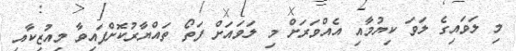
މި ލަވައިގެ ލަވަ ކިޔުމާއި އެއްވަރަށް މި ލަވައަށް ފަތޯ ތައްޔާރުކޮށްފައިވާ މިއުޒިކާއި